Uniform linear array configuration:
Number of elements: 4
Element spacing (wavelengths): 0.75
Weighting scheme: binomial
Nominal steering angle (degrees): -30
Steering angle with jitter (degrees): -28.232
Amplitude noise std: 0.05
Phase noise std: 0.05

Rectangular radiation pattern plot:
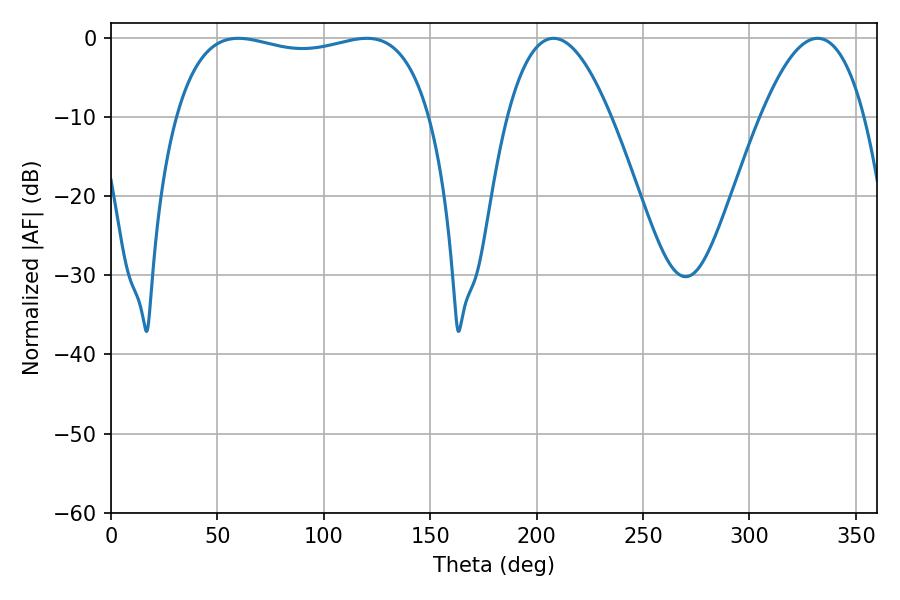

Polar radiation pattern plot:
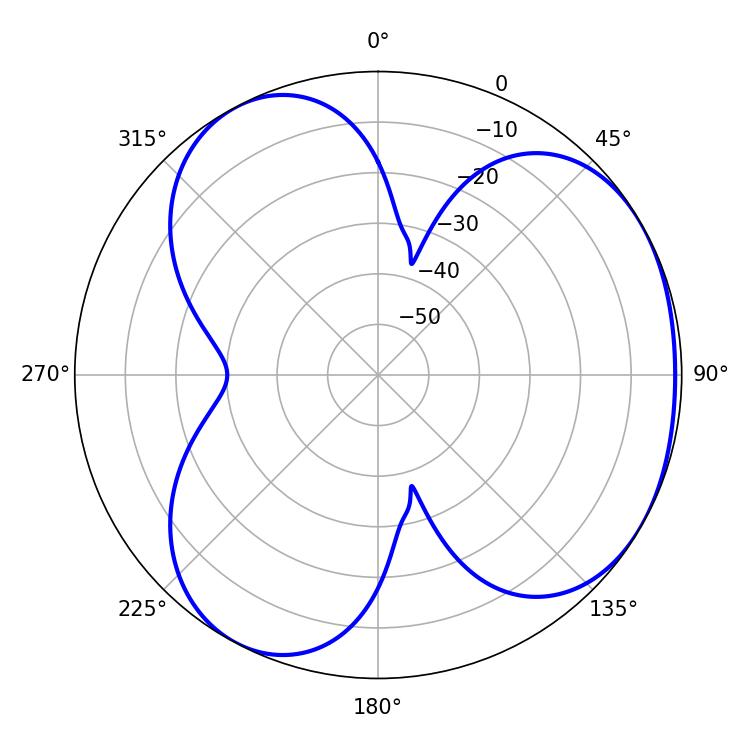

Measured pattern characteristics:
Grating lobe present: TRUE
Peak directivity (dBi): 3.681
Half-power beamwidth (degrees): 97.2
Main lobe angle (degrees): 59.76